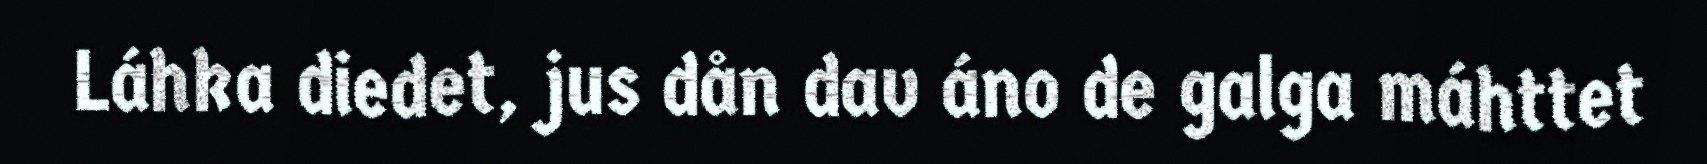
Láhka diedet, jus dån dav áno de galga máhttet